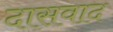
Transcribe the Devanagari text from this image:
दासवाद